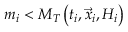
m _ { i } < M _ { T } \left( t _ { i } , \vec { x } _ { i } , { \cal H } _ { i } \right)